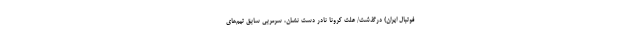
فوتبال ایران) درگذشت/ علت کرونا نادر دست نشان، سرمربی سابق تیم‌های